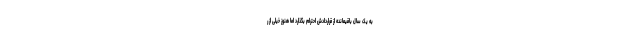
به یک‌ سال باقیمانده از قراردادش احترام بگذارد اما هنوز خیلی از ر